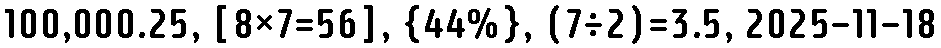
100,000.25, [8×7=56], {44%}, (7÷2)=3.5, 2025-11-18